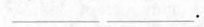
___ ___.